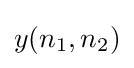
y(n_{1},n_{2})